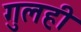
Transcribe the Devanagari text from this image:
गुलही